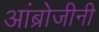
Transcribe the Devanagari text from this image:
आंब्रोजीनी